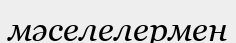
мәселелермен